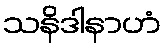
သနိဒါနာဟံ